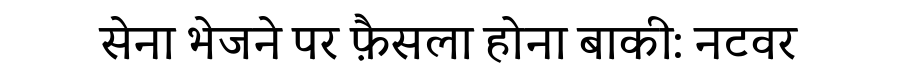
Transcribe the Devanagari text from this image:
सेना भेजने पर फ़ैसला होना बाकी: नटवर